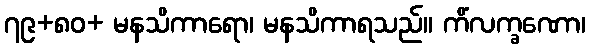
၇၉+၈၀+ မနသိကာရော၊ မနသိကာရသည်။ ကိံလက္ခဏော၊